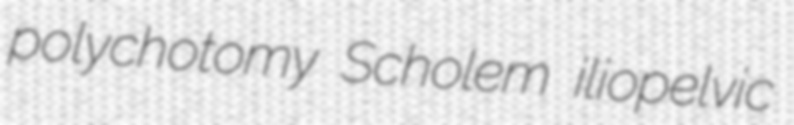
polychotomy Scholem iliopelvic